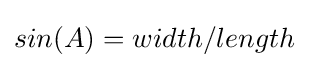
sin(A)=width/length